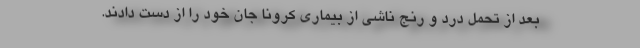
بعد از تحمل درد و رنج ناشی از بیماری کرونا جان خود را از دست دادند.